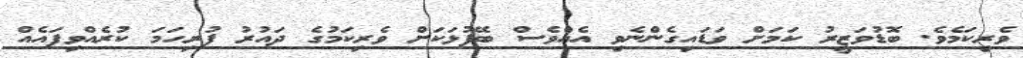
ވެރިކަމެވެ. ބޮޑުވަޒީރު ކަމަށް ވަޑައިގެންނެވި އެއްވެސް ބޭފުޅަކަށް ވެރިކަމުގެ ދައުރު ފުރިހަމަ ކުރެއްވިފައެއް